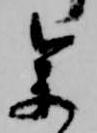
参